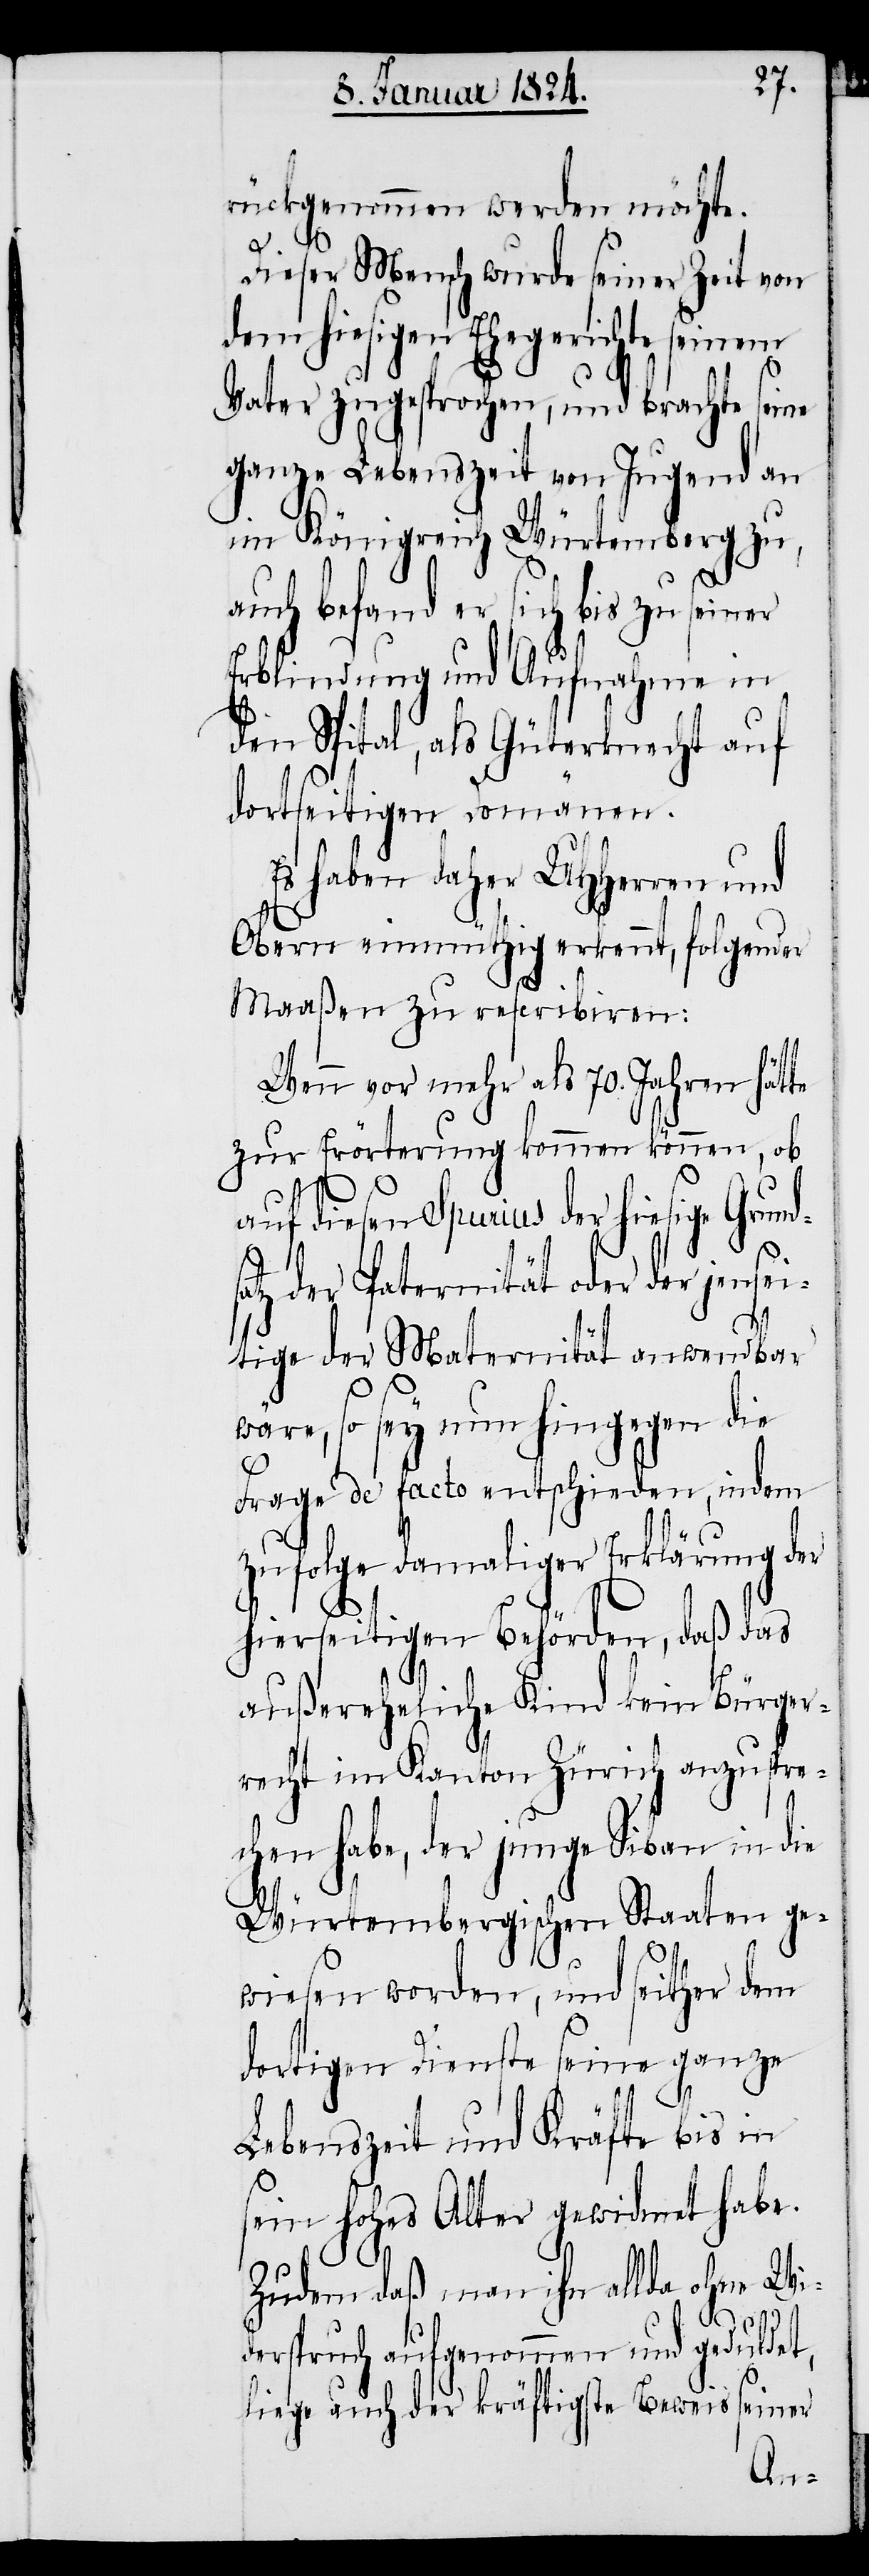
rückgenommen werden möchte.
Dieser Mensch wurde seiner Zeit von
dem hiesigen Ehegerichte seinem
Vater zugesprochen, und brachte seine
ganze Lebenszeit von Jugend an
im Königreich Würtemberg zu,
auch befand er sich bis zu seiner
Erblindung und Aufnahme in
den Spital, als Güterknecht auf
dortseitigen Domänen.
Es haben daher UHHerren und
Obern einmüthig erkennt, folgender
Maaßen zu rescribiren:
Wenn vor mehr als 70. Jahren hätte
zur Erörterung kommen können, ob
auf diesen Spurius der hiesige Grun¬
atz der Paternität oder der jensei¬
tige der Maternität anwendbar
wäre, so sey nun hingegen die
Frage de facto entschieden, indem
zufolge damaliger Erklärung der
hierseitigen Behörden, daß das
außereheliche Kind kein Bürger¬
recht im Kanton Zürich anzuspre¬
chen habe, der junge Siban in die
Würtembergischen Staaten ge¬
wiesen worden, und seither dem
dortigen Dienste seine ganze
Lebenszeit und Kräfte bis in
sein hohes Alter gewidmet habe.
Zudem daß man ihn allda ohne Wi¬
ds¬
derspruch aufgenommen und geduldet,
liege auch der kräftigste Beweis seiner